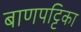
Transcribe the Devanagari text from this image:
बाणपट्टिका